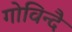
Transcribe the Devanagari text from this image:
गोविन्दै